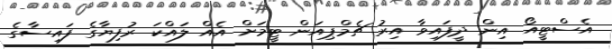
އެސްޓީއޯ އިން ދީފައިވާ އިރު ޗެމްޕިއަން ޓީމަށް އެއް ލައްކަ ރުފިޔާގެ ފައިސާގެ